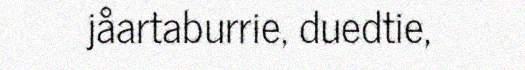
jåartaburrie, duedtie,